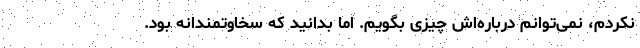
نکردم، نمی‌توانم درباره‌اش چیزی بگویم. اما بدانید که سخاوتمندانه بود.